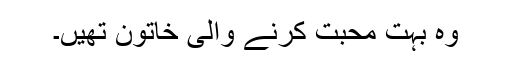
وہ بہت محبت کرنے والی خاتون تھیں۔